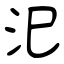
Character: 汜